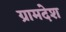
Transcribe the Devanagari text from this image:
ग्रामदेश